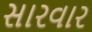
સારવાર